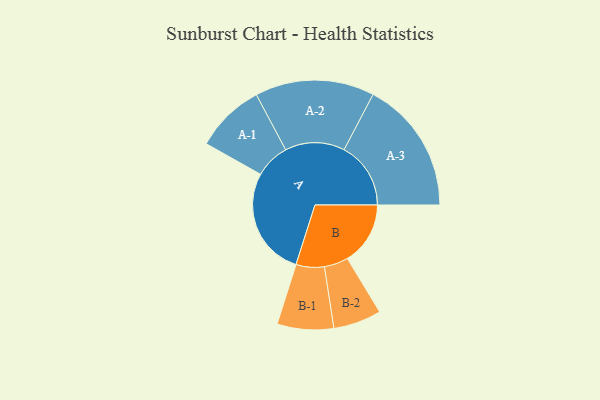
{"axis": {"x": "Segment", "y": "Value"}, "legend": ["", "A", "B"], "data": [{"x": "A", "y": 462, "type": ""}, {"x": "B", "y": 267, "type": ""}, {"x": "A-1", "y": 148, "type": "A"}, {"x": "A-2", "y": 253, "type": "A"}, {"x": "A-3", "y": 283, "type": "A"}, {"x": "B-1", "y": 120, "type": "B"}, {"x": "B-2", "y": 102, "type": "B"}]}